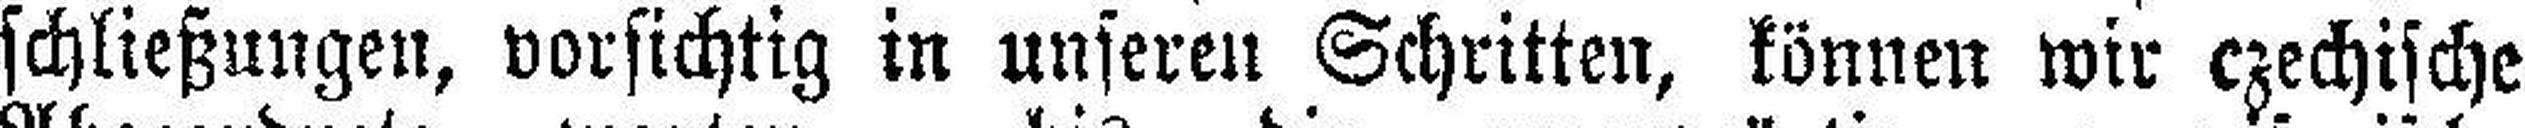
schließungen, vorsichtig in unseren Schritten, können wir czechische